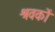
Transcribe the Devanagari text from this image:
श्रवकों